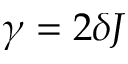
\gamma = 2 \delta J